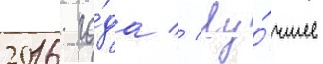
2016 го́да // Лу́чшее